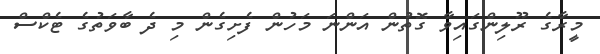
މީރާގެ ރޫލިންގައިވާ ގޮތުން އަންނަ މަހުން ފެށިގެން މި ދެ ބާވަތުގެ ޓެކްސް